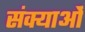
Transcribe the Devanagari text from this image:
संक्याओं